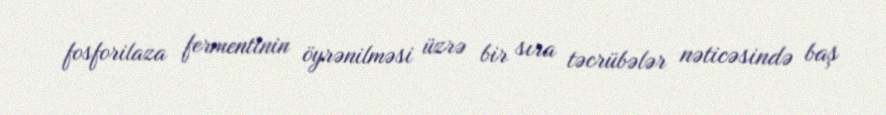
fosforilaza fermentinin öyrənilməsi üzrə bir sıra təcrübələr nəticəsində baş